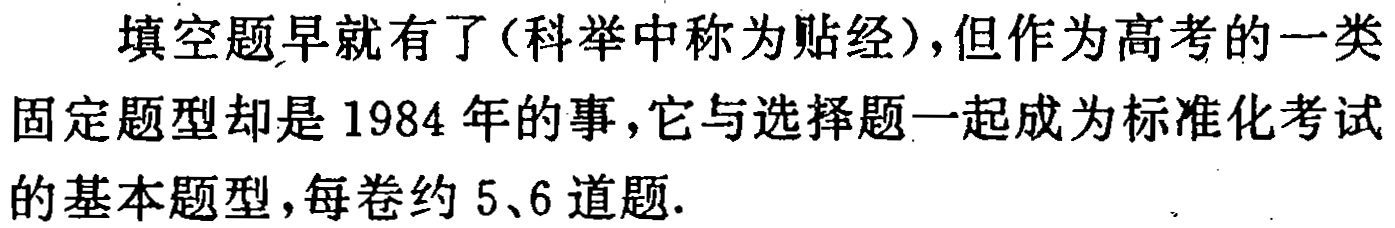
填空题早就有了(科举中称为贴经),但作为高考的一类固定题型却是 1984 年的事,它与选择题一起成为标准化考试的基本题型,每卷约 5、6 道题.